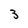
Character: 3